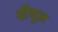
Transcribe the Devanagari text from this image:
दीगूल